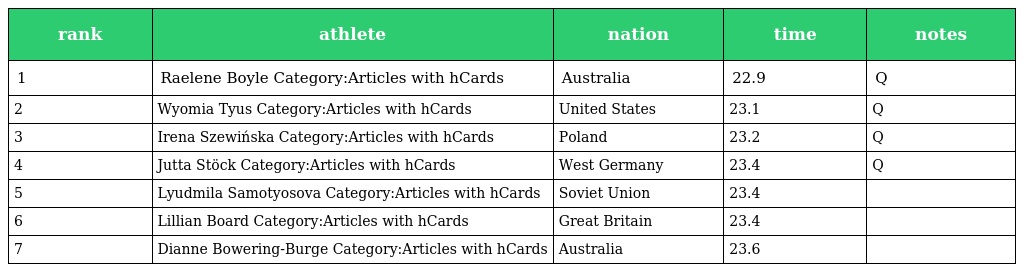
| rank | athlete | nation | time | notes |
 | --- | --- | --- | --- | --- |
 | 1 | Raelene Boyle Category:Articles with hCards | Australia | 22.9 | Q |
 | 2 | Wyomia Tyus Category:Articles with hCards | United States | 23.1 | Q |
 | 3 | Irena Szewińska Category:Articles with hCards | Poland | 23.2 | Q |
 | 4 | Jutta Stöck Category:Articles with hCards | West Germany | 23.4 | Q |
 | 5 | Lyudmila Samotyosova Category:Articles with hCards | Soviet Union | 23.4 |  |
 | 6 | Lillian Board Category:Articles with hCards | Great Britain | 23.4 |  |
 | 7 | Dianne Bowering-Burge Category:Articles with hCards | Australia | 23.6 |  |